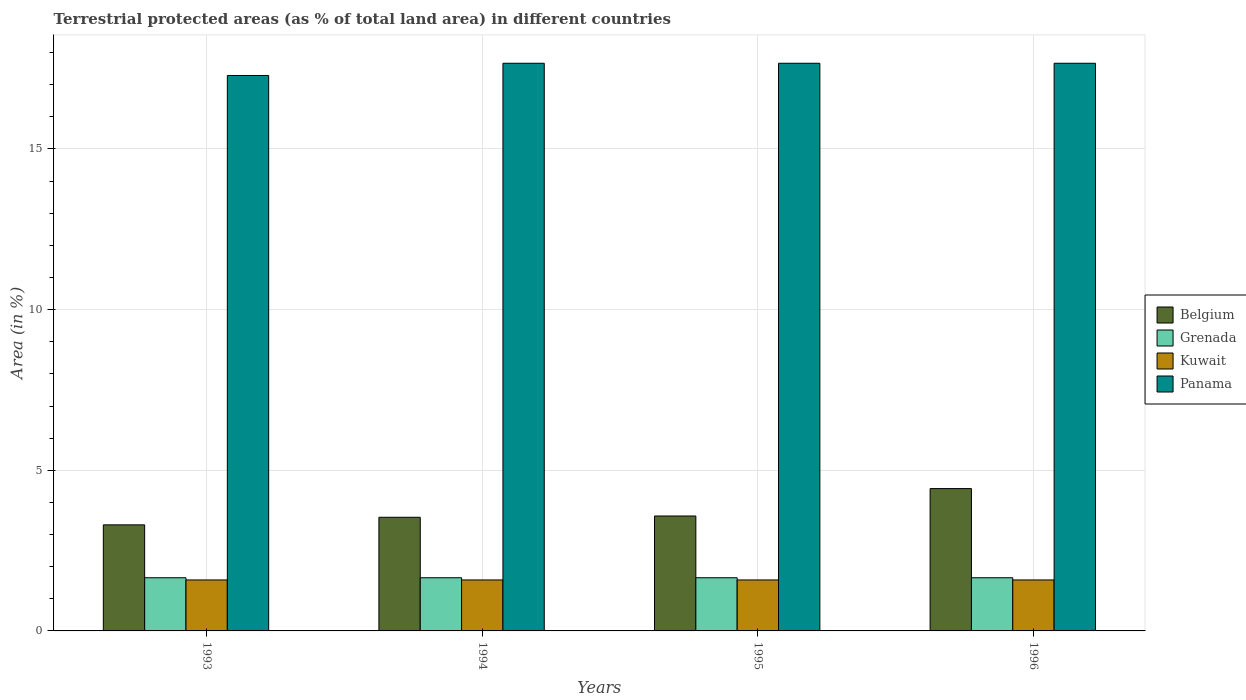
| Years | Belgium | Grenada | Kuwait | Panama |
 | --- | --- | --- | --- | --- |
 | 1993 | 3.3 | 1.66 | 1.59 | 17.3 |
 | 1994 | 3.54 | 1.66 | 1.59 | 17.7 |
 | 1995 | 3.58 | 1.66 | 1.59 | 17.7 |
 | 1996 | 4.43 | 1.66 | 1.59 | 17.7 |